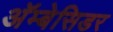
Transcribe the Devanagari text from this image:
अॅम्बेसिडर